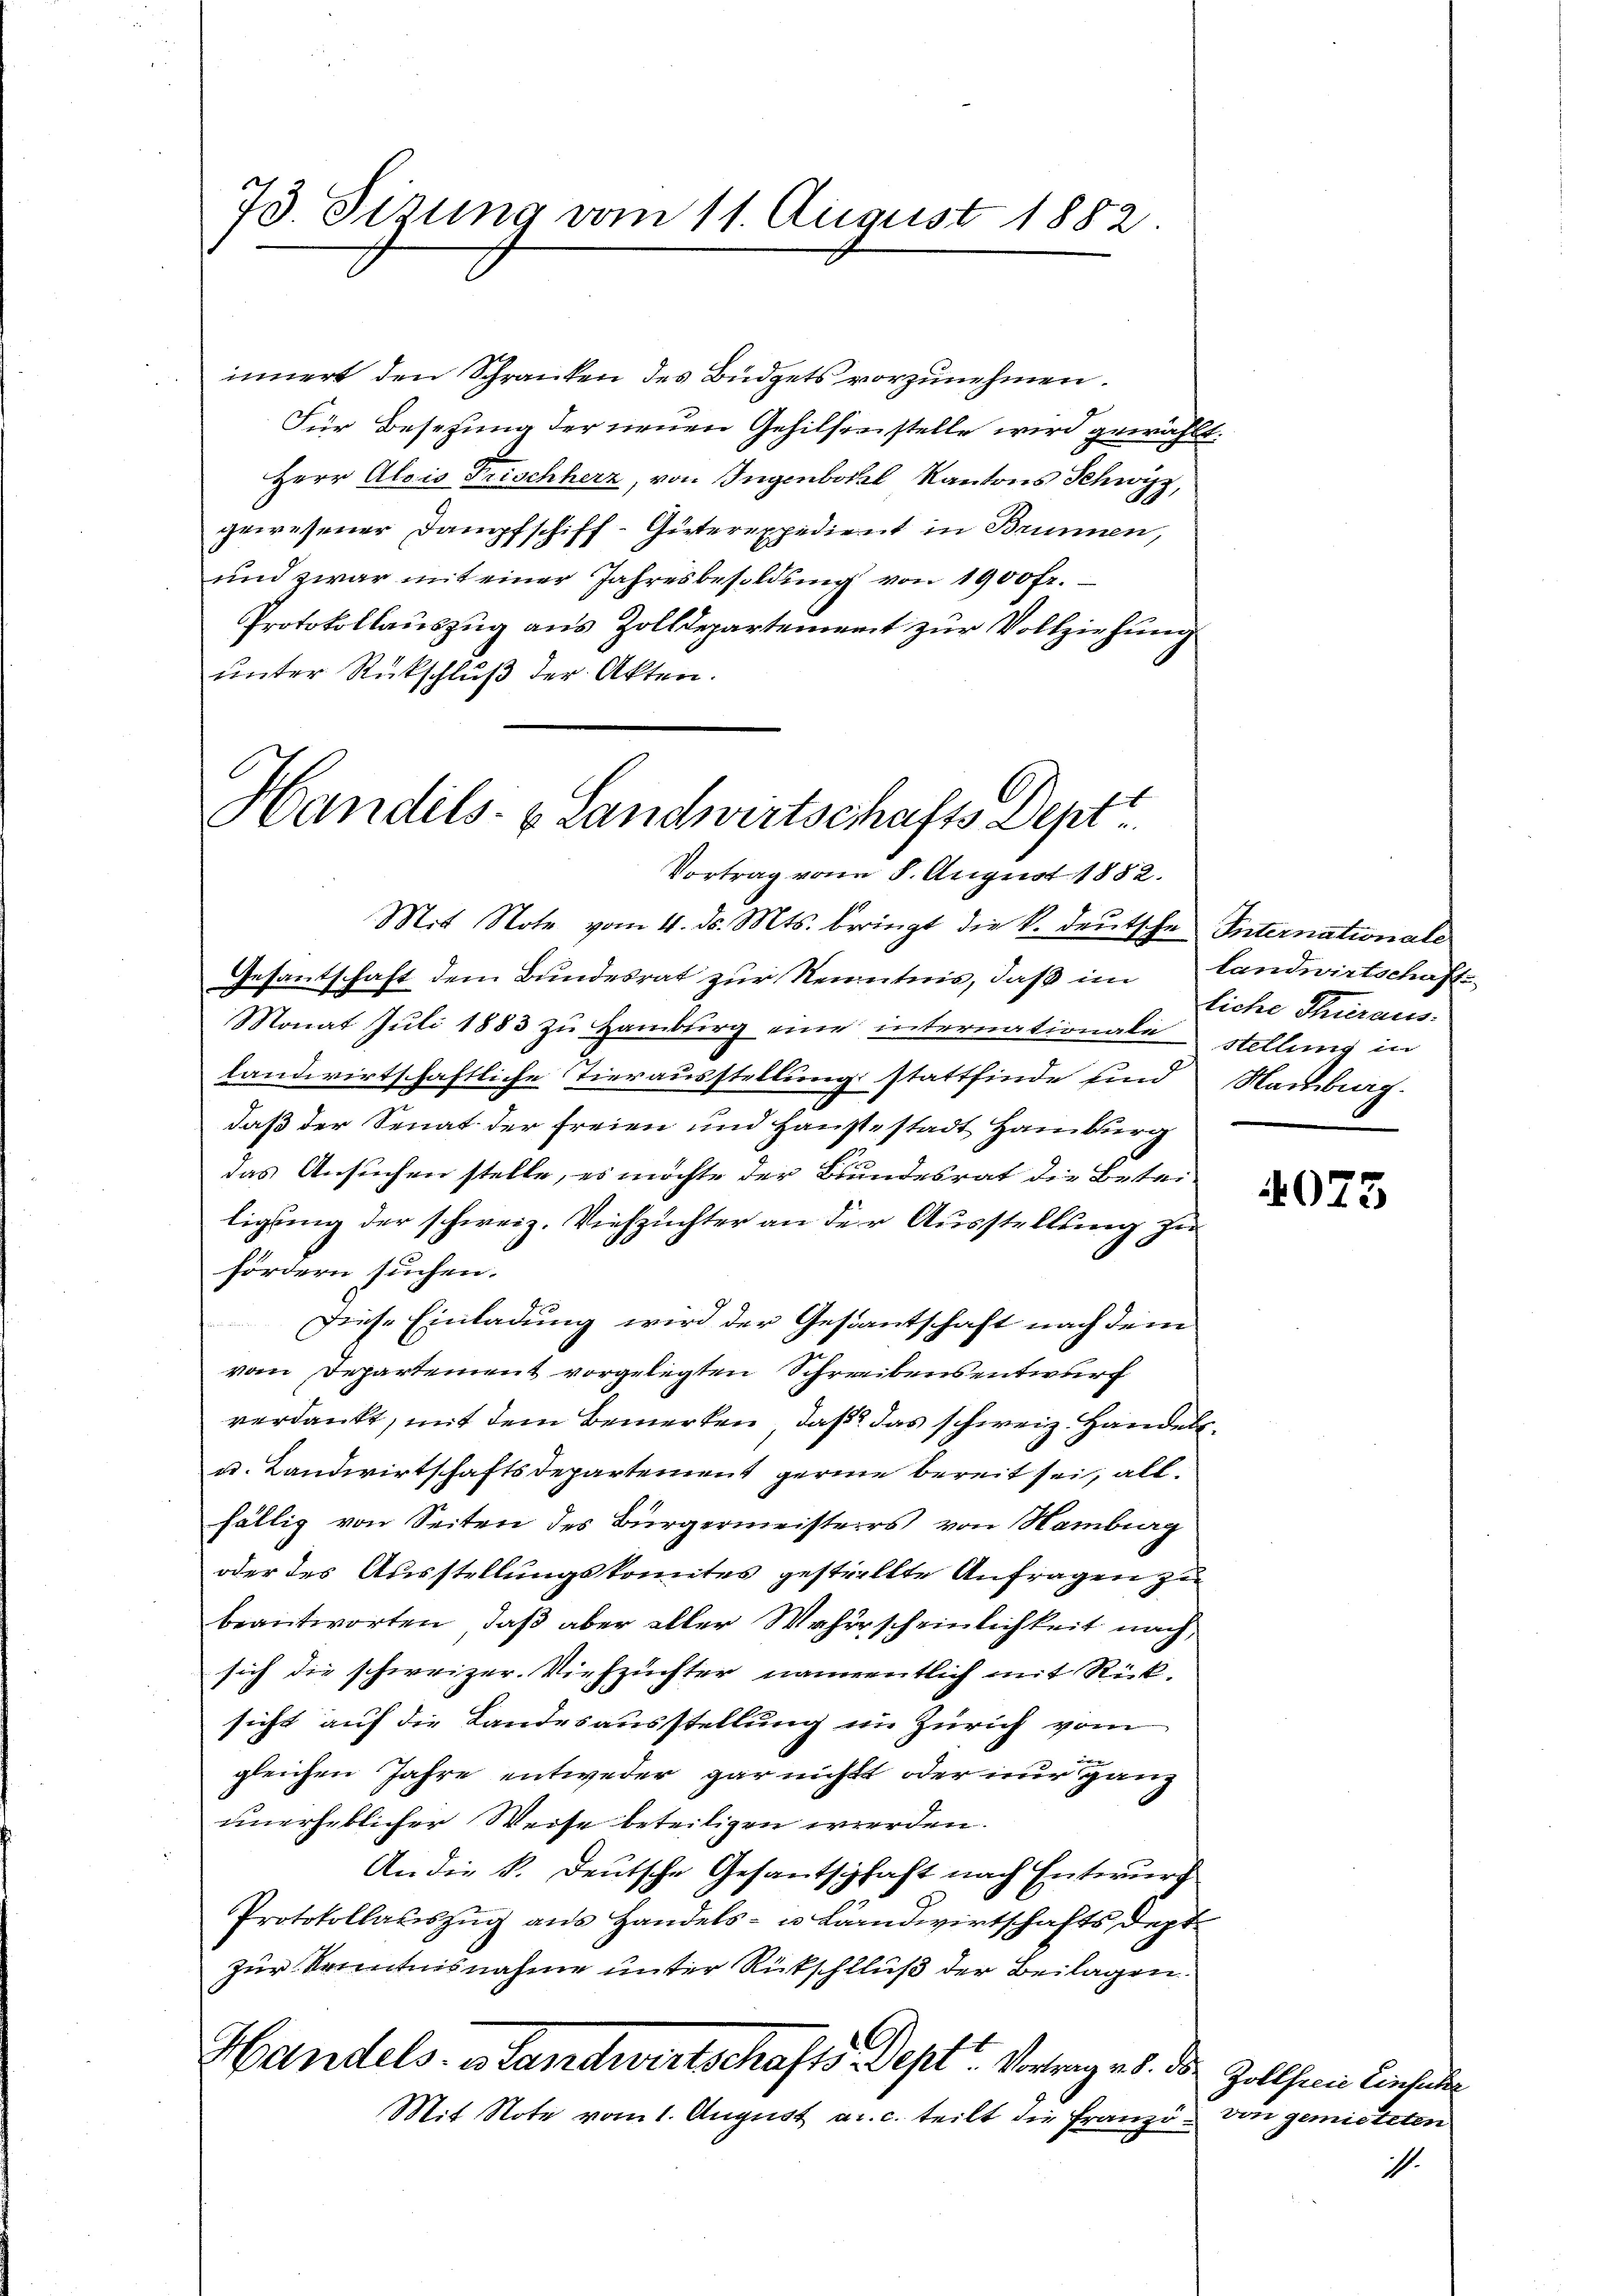
75. Sizung vom 11. August 1882.

Handels- & Landwirtschafts-Deptt
Vortrag von 8. August 1882.

innert den Schranken des Büdgets vorzunehmen.
Für Besetzung der neuen Gehilfenstelle wird gewählt
Herr Alois Frischherz, von Ingenbohl, Kantons Schwyz,
gewesener Dampfschiff-Güterexpedient in Brunnen,
und zwar mit einer Jahresbesoldung von 1900 Fr.
Protokollauszug aus Zolldepartement zur Vollziehung
unter Rückschluß der Akten.
Mit Note vom 4. d. Mts. beringt die k. deutsche Internationale
Gesantschaft dem Bundesrat zur Kenntnis, daß im
Monat Juli 1883 zu Hamburg eine internationale stellung in
landwirtschaftliche Tierausstellung stattfinde sind Nambiag-
daß der Senat der freien und Haustestadt Hamburg
das Ansuchen stelle, es möchte der Bundesrat die Beteiligung der schweiz. Viehzuchter an der Ausstellung zu
fördern suchen.
Diese Einladung wird der Gestantschaft nach dem
vom Departement vorgelegten Schreibens entwurf
verdankt, mit dem Bemerken, daß das schweiz. Handels¬
u. Landwirtschaftsdepartement gerie bereit sei, allfällig von Seiten des Bürgermeisters von Hamburg
oder des Ausstellungskomites gestellte Anfragen zu
beantworten, daß aber aller Wahrscheinlichkeit nach
sich die schweizer. Viehzuchter namentlich mit Rücksicht auf die Landesausstellung im Zürich vom
gleichen Jahre entweder gar nicht oder nur ganz
unerheblicher Weise beteiligen werden.
An die k. Deutsche Gesantschaft nach Entwurf
Protokollauszug aus Handels- u Landwirtschafts deptzur Kenntnisnahme unter Rückschluß der Beilagen.
Handels, es Landwertschafts-Dept. Vortrag ab. der Zollsten Einsenden
Mit Note vom 1. August a. c. teilt die Franzö- von gemieteten

.

landwirtschaft
liche Thieraus.

4075

i